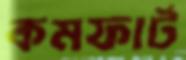
কমফার্ট